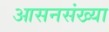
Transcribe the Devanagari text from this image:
आसनसंख्या